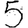
Digit: 5